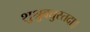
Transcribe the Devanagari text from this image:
शुश्रुवतुस्तदा।